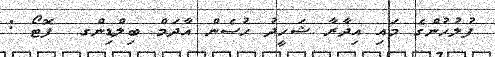
ފުލުހުންގެ މައި އިދާރާ ޝަހީދު ހުސެން އާދަމް ބިލްޑިންގ  ފޮޓޯ :